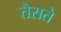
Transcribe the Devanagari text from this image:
तैराते